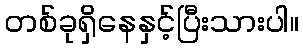
တစ်ခုရှိနေနှင့်ပြီးသားပါ။